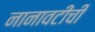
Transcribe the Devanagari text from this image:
नानावटींची